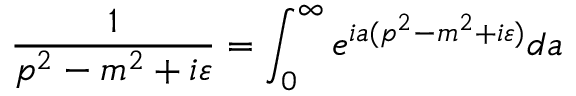
\frac { 1 } { p ^ { 2 } - m ^ { 2 } + i \varepsilon } = \int _ { 0 } ^ { \infty } e ^ { i a ( p ^ { 2 } - m ^ { 2 } + i \varepsilon ) } d a